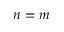
n = m